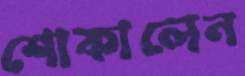
শোকালেন